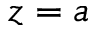
z = a